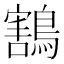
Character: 鶷